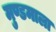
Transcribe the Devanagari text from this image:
मुण्डमाला